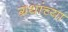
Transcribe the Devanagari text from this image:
ग्रथांच्या